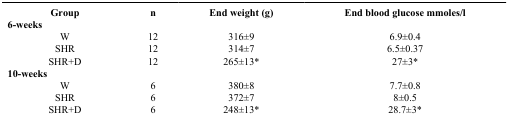
<table><thead><tr><td><b>Group</b></td><td><b>n</b></td><td><b>End weight (g)</b></td><td><b>End blood glucose mmoles/l</b></td></tr><tr><td colspan="4"><b>6-weeks</b></td></tr></thead><tbody><tr><td>W</td><td>12</td><td>316±9</td><td>6.9±0.4</td></tr><tr><td>SHR</td><td>12</td><td>314±7</td><td>6.5±0.37</td></tr><tr><td>SHR+D</td><td>12</td><td>265±13*</td><td>27±3*</td></tr><tr><td colspan="4"><b>10-weeks</b></td></tr><tr><td>W</td><td>6</td><td>380±8</td><td>7.7±0.8</td></tr><tr><td>SHR</td><td>6</td><td>372±7</td><td>8±0.5</td></tr><tr><td>SHR+D</td><td>6</td><td>248±13*</td><td>28.7±3*</td></tr></tbody></table>